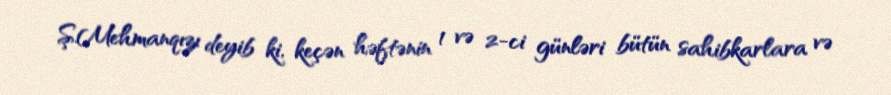
Ş.Mehmanqızı deyib ki, keçən həftənin 1 və 2-ci günləri bütün sahibkarlara və